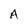
Character: A